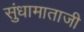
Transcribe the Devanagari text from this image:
सुंधामाताजी